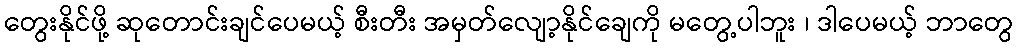
တွေးနိုင်ဖို့ ဆုတောင်းချင်ပေမယ့် စီးတီး အမှတ်လျော့နိုင်ချေကို မတွေ့ပါဘူး ၊ ဒါပေမယ့် ဘာတွေ